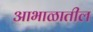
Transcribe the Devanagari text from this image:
आभाळातील